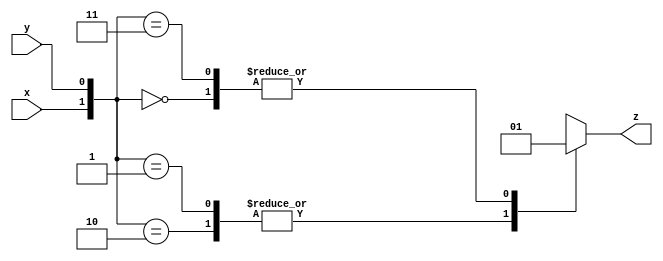
module top_module ( input x, input y, output z );

    always@*
        begin
            case({x,y})
                2'b00: z=1'b1;
                2'b10: z=1'b0;
                2'b01: z=1'b0;
                2'b11: z=1'b1;
            endcase
        end
                
endmodule
module top_module(
	input x,
	input y,
	output z);

	// The simulation waveforms gives you a truth table:
	// y x   z
	// 0 0   1
	// 0 1   0
	// 1 0   0
	// 1 1   1   
	// Two minterms: 
	// assign z = (~x & ~y) | (x & y);

	// Or: Notice this is an XNOR.
	assign z = ~(x^y);

endmodule